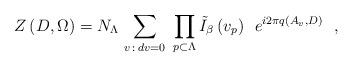
LaTeX: \begin{align*}\left. Z \, (D,\Omega) = N_{\Lambda} \, \sum_{v \, : \, dv = 0} \ \prod_{ p \subset \Lambda} \tilde{I}_{\beta} \, (v_{p}) \ \ e^{i 2 \pi q (A_{v} ,D)} \ \ , \right.\end{align*}